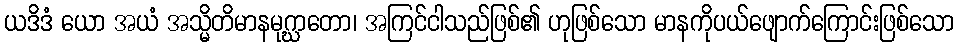
ယဒိဒံ ယော အယံ အသ္မိတိမာနမုဂ္ဃာတော၊ အကြင်ငါသည်ဖြစ်၏ ဟုဖြစ်သော မာနကိုပယ်ဖျောက်ကြောင်းဖြစ်သော